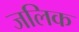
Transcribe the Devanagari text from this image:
जलिक